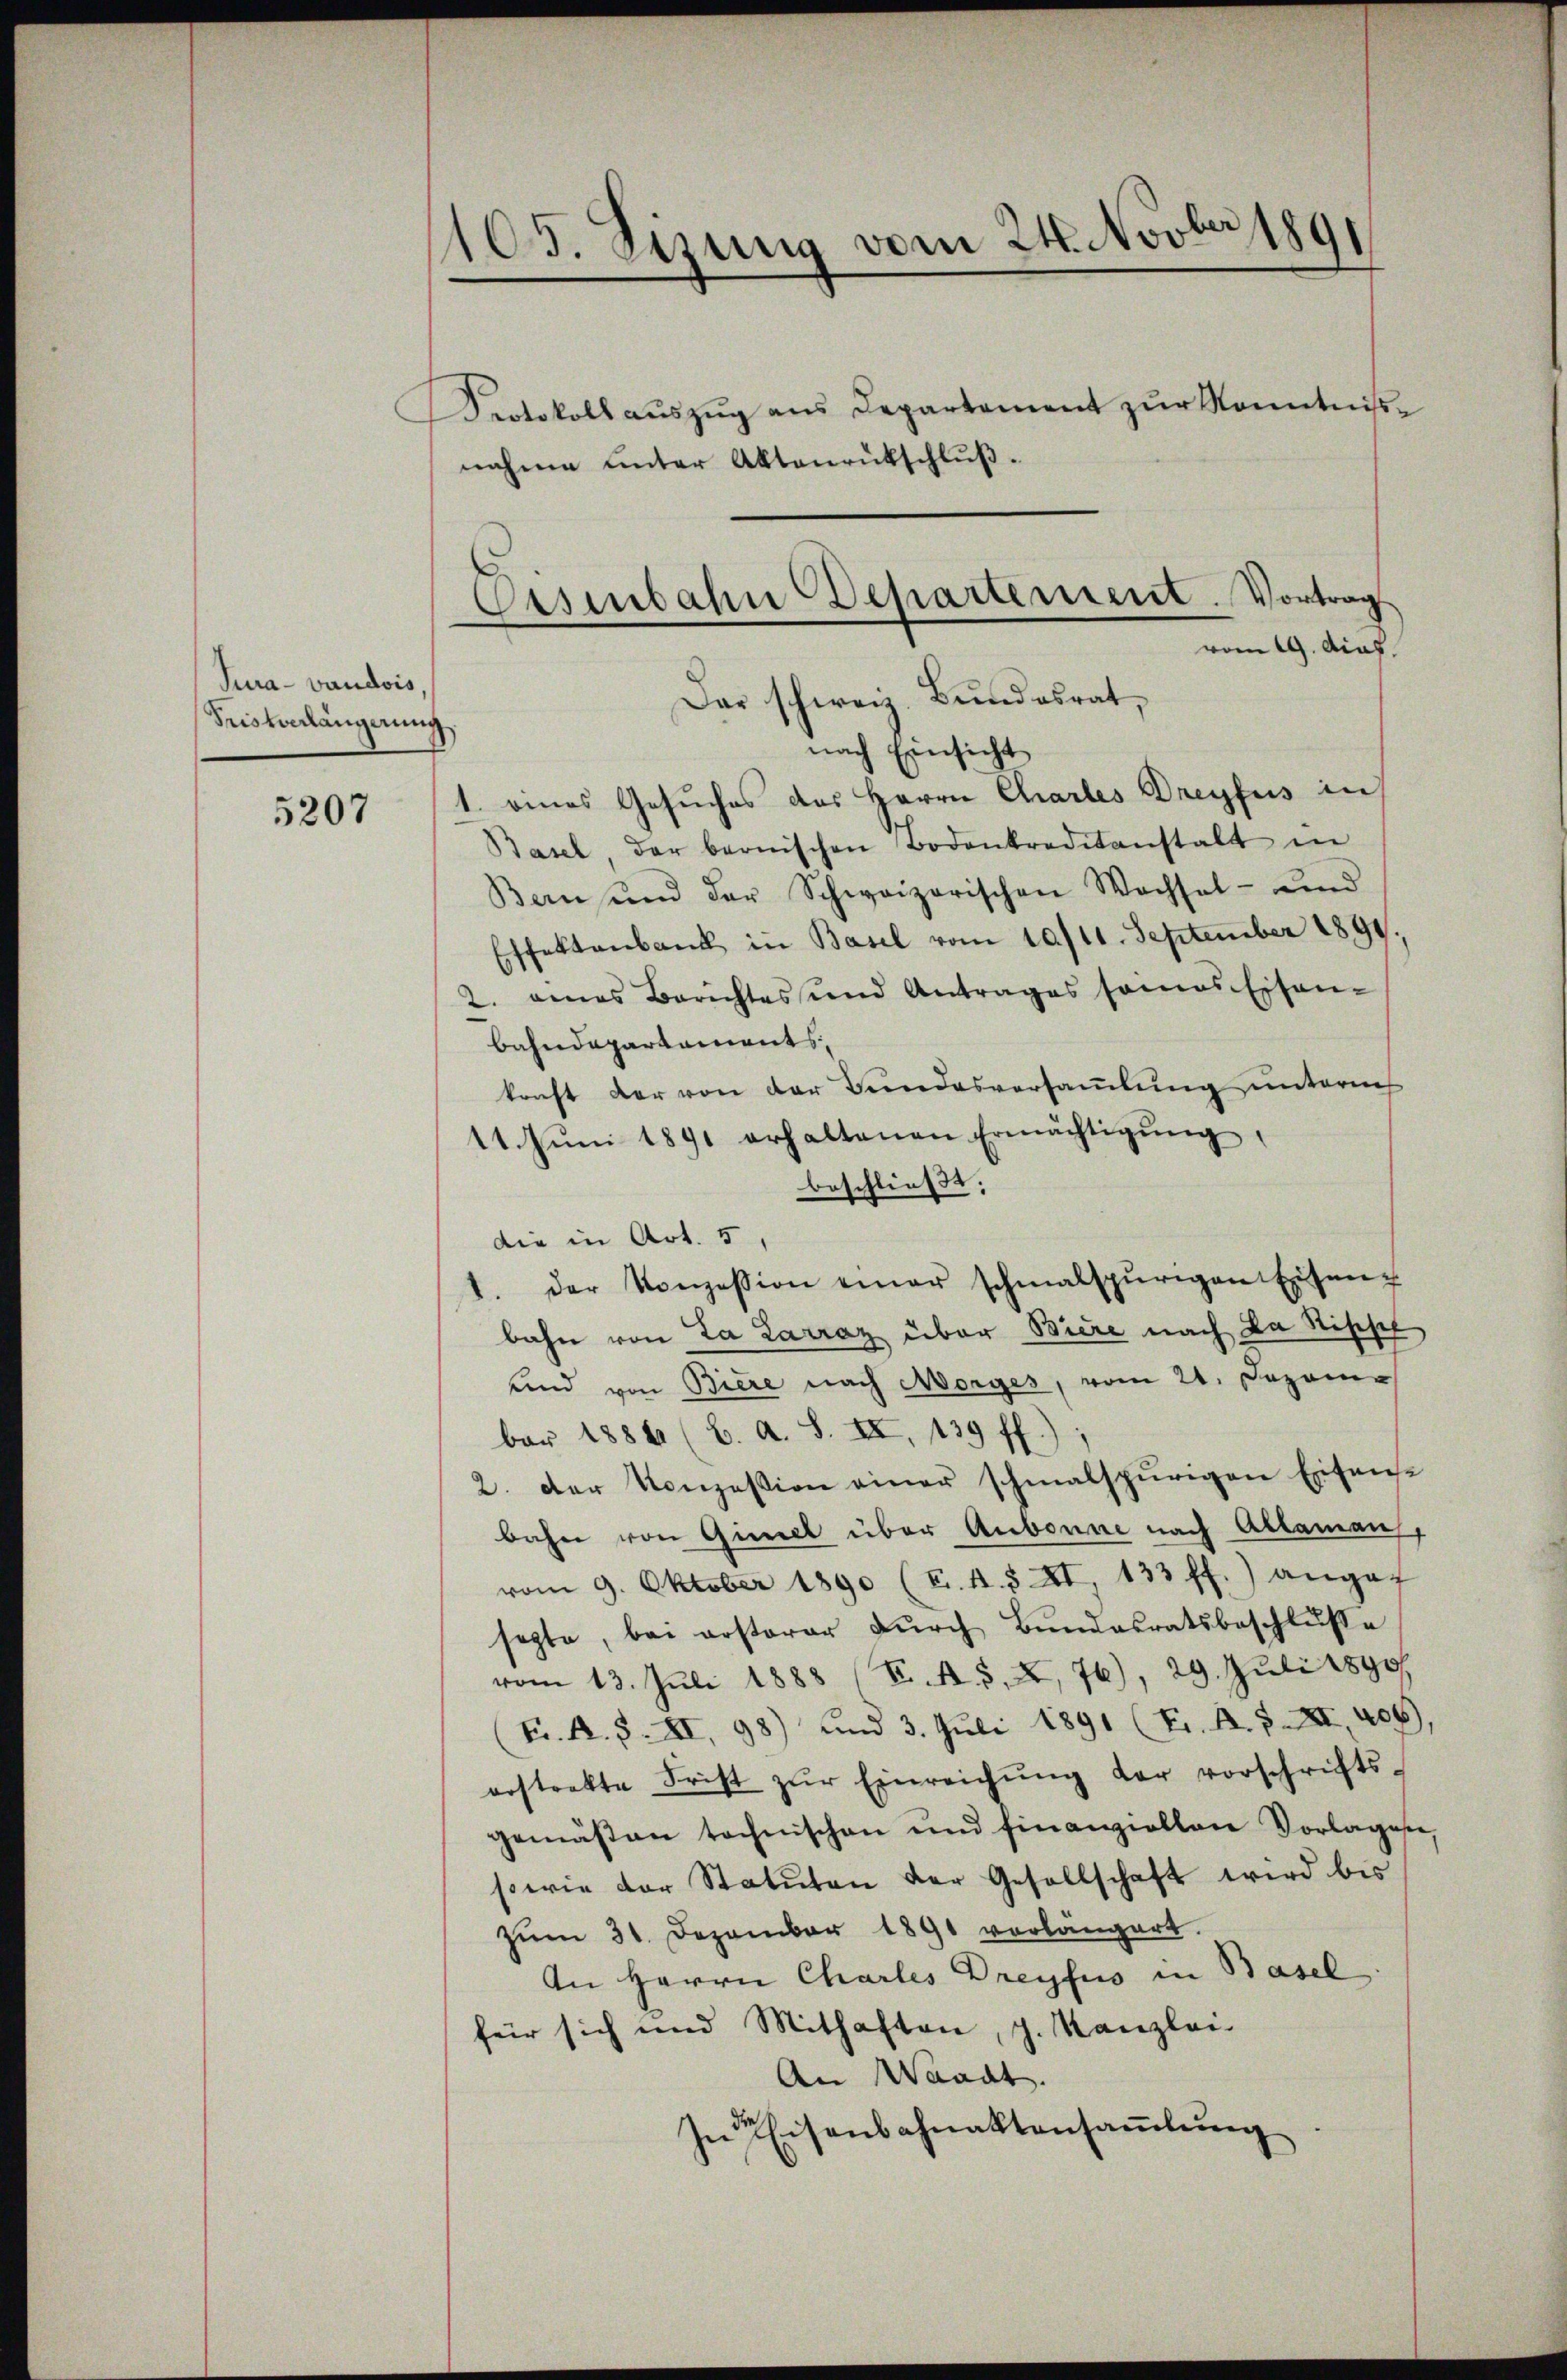
Tura- vaudois,
Sristverlängerung,

5207

105. Sizung vom 24. Novber 1891
Protokoll auszug aus Departement zŭr Kenntnisse
nahme unter Aktenrütschluß.

Oasenbahn Departement. Vortrag
vom 19. Das

Das schweiz. Bundesrat,
nach Einsicht
1. eines Gesuches des Herrn Chartes Dreyfus in
Basel, der bernischen Bodenkreditanstalt in
Bern und der Schweizerischen Wachsel- und
Effektenbank in Basel vom 10/11. September 1891.
2. eines Berichtes und Antrages seines Eisen-
Bahndepartements
kraft der von der Bundesversamlung unternh
11. Jŭni 1891 erhaltenen Ermächtigŭng,
beschließt:
die in Art. 5,
1. der Konzession einer schmalspurigen Eiseng
bahn von La Larraz über Biere nach da Sippel
und von Biere nach Morges, vom 21. Dezem
bar 1884 (C. A. S. II, 139 ff.);
2. Der Konzession einer schmalspurigen Erifense
bahn von Giret über Aubonne nach Ablaman,
vom 9. Oktober 1890 (T. 4. S. XI 133 ff.) angef
septe, bei ersterer dŭrch Bŭndesratsbeschlŭsse
vom 13. Juli 1888 (T. A. S. X, 76), 29. Juli 1890
(Fr. A. S. XI, 98) und 3. Juli 1891 (Fr. A. S. XI, 406)
erstrakte Frist zŭr Einreichŭng der vorschrifts-
gemäßen technischen und finanziellen Vorlages,
serie der Statuten der Gesellschaft wird bis
Zŭm 31. Dezember 1891 vorlängert.
An Herrn Charles Dreyfus in Basel
für sich und Mithaften, z. Kanzlei-
An Waadt.
In Eisenbahnaktensaṁlŭng